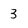
Character: 3